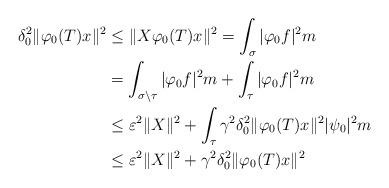
LaTeX: \begin{align*}\delta_0^2\|\varphi_0(T)x\|^2 & \leq\|X\varphi_0(T)x\|^2=\int_\sigma|\varphi_0f|^2m \\ &=\int_{\sigma\setminus\tau}|\varphi_0f|^2m + \int_\tau|\varphi_0f|^2m\\&\leq\varepsilon^2\|X\|^2 + \int_\tau\gamma^2\delta_0^2\|\varphi_0(T)x\|^2|\psi_0|^2m \\ &\leq \varepsilon^2\|X\|^2 + \gamma^2\delta_0^2\|\varphi_0(T)x\|^2\end{align*}